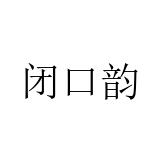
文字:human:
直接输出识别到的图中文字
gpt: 闭口韵